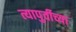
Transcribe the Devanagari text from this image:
त्यापुर्वीच्या